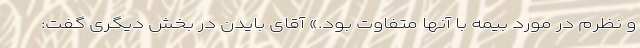
و نظرم در مورد بیمه با آنها متفاوت بود.» آقای بایدن در بخش دیگری گفت: